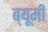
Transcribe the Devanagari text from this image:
ब्यूमी